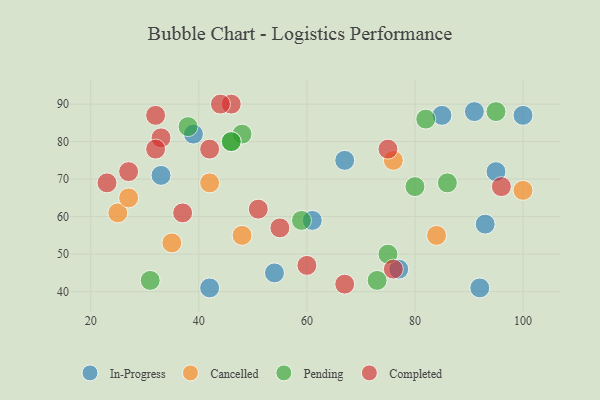
{"axis": {"x": "GDP", "y": "Life Expectancy"}, "legend": ["Cancelled", "Completed", "In-Progress", "Pending"], "data": [{"x": "91", "y": 88, "type": "In-Progress"}, {"x": "54", "y": 45, "type": "In-Progress"}, {"x": "61", "y": 59, "type": "In-Progress"}, {"x": "93", "y": 58, "type": "In-Progress"}, {"x": "67", "y": 75, "type": "In-Progress"}, {"x": "33", "y": 71, "type": "In-Progress"}, {"x": "85", "y": 87, "type": "In-Progress"}, {"x": "39", "y": 82, "type": "In-Progress"}, {"x": "77", "y": 46, "type": "In-Progress"}, {"x": "92", "y": 41, "type": "In-Progress"}, {"x": "95", "y": 72, "type": "In-Progress"}, {"x": "100", "y": 87, "type": "In-Progress"}, {"x": "42", "y": 41, "type": "In-Progress"}, {"x": "42", "y": 69, "type": "Cancelled"}, {"x": "25", "y": 61, "type": "Cancelled"}, {"x": "27", "y": 65, "type": "Cancelled"}, {"x": "48", "y": 55, "type": "Cancelled"}, {"x": "76", "y": 75, "type": "Cancelled"}, {"x": "100", "y": 67, "type": "Cancelled"}, {"x": "84", "y": 55, "type": "Cancelled"}, {"x": "35", "y": 53, "type": "Cancelled"}, {"x": "75", "y": 50, "type": "Pending"}, {"x": "80", "y": 68, "type": "Pending"}, {"x": "48", "y": 82, "type": "Pending"}, {"x": "82", "y": 86, "type": "Pending"}, {"x": "95", "y": 88, "type": "Pending"}, {"x": "46", "y": 80, "type": "Pending"}, {"x": "86", "y": 69, "type": "Pending"}, {"x": "46", "y": 80, "type": "Pending"}, {"x": "59", "y": 59, "type": "Pending"}, {"x": "38", "y": 84, "type": "Pending"}, {"x": "73", "y": 43, "type": "Pending"}, {"x": "31", "y": 43, "type": "Pending"}, {"x": "67", "y": 42, "type": "Completed"}, {"x": "46", "y": 90, "type": "Completed"}, {"x": "27", "y": 72, "type": "Completed"}, {"x": "37", "y": 61, "type": "Completed"}, {"x": "33", "y": 81, "type": "Completed"}, {"x": "44", "y": 90, "type": "Completed"}, {"x": "32", "y": 78, "type": "Completed"}, {"x": "60", "y": 47, "type": "Completed"}, {"x": "75", "y": 78, "type": "Completed"}, {"x": "76", "y": 46, "type": "Completed"}, {"x": "23", "y": 69, "type": "Completed"}, {"x": "42", "y": 78, "type": "Completed"}, {"x": "32", "y": 87, "type": "Completed"}, {"x": "51", "y": 62, "type": "Completed"}, {"x": "96", "y": 68, "type": "Completed"}, {"x": "55", "y": 57, "type": "Completed"}]}